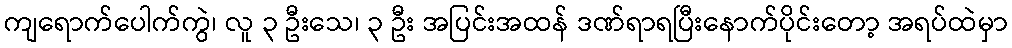
ကျရောက်ပေါက်ကွဲ၊ လူ ၃ ဦးသေ၊ ၃ ဦး အပြင်းအထန် ဒဏ်ရာရပြီးနောက်ပိုင်းတော့ အရပ်ထဲမှာ